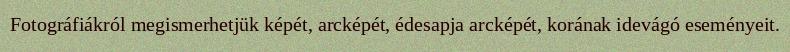
Fotográfiákról megismerhetjük képét, arcképét, édesapja arcképét, korának idevágó eseményeit.